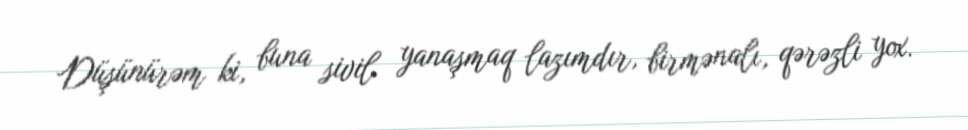
Düşünürəm ki, buna sivil yanaşmaq lazımdır, birmənalı, qərəzli yox.